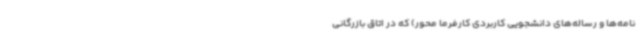
نامه‌ها و رساله‌های دانشجویی کاربردی کارفرما محور) که در اتاق بازرگانی